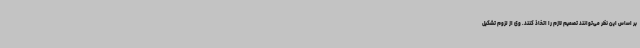
بر اساس این نظر می‌توانند تصمیم لازم را اتخاذ کنند. وی از لزوم تشکیل